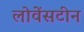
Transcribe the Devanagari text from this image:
लोवेंसटीन